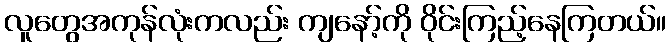
လူတွေအကုန်လုံးကလည်း ကျနော့်ကို ဝိုင်းကြည့်နေကြတယ်။